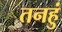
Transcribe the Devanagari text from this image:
तनहुं